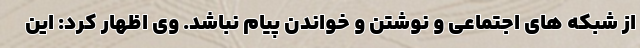
از شبکه های اجتماعی و نوشتن و خواندن پیام نباشد. وی اظهار کرد: این